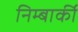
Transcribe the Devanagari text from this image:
निम्बार्की